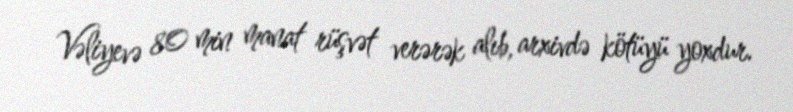
Vəliyevə 80 min manat rüşvət verərək alıb, arxivdə kötüyü yoxdur.